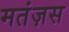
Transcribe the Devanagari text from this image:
मतंज़स